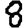
Digit: 8